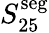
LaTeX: S_{25}^{\mathrm{seg}}